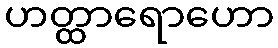
ဟတ္ထာရောဟော